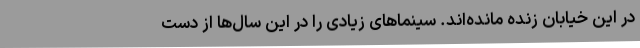
در این خیابان زنده مانده‌اند. سینماهای زیادی را در این سال‌ها از دست